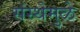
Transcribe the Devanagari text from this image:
संस्थेमुळे